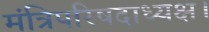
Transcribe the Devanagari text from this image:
मंत्रिपरिषदाध्यक्ष।